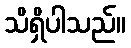
သိရှိပါသည်။